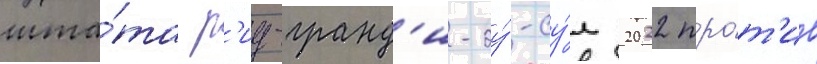
шта́та р'иу-гранд'и-ду́-су́л 2022 про́т'ив